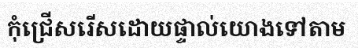
កុំជ្រើសរើសដោយផ្ទាល់យោងទៅតាម